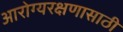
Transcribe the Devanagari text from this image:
आरोग्यरक्षणासाठी